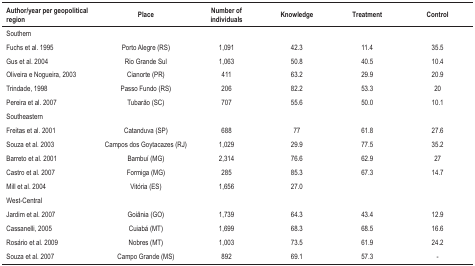
| Author/year per geopolitical region | Place | Number of individuals | Knowledge | Treatment | Control |
 | --- | --- | --- | --- | --- | --- |
 | Southern |  |  |  |  |  |
 | Fuchs et al. 1995 | Porto Alegre (RS) | 1,091 | 42.3 | 11.4 | 35.5 |
 | Gus et al. 2004 | Rio Grande Sul | 1,063 | 50.8 | 40.5 | 10.4 |
 | Oliveira e Nogueira, 2003 | Cianorte (PR) | 411 | 63.2 | 29.9 | 20.9 |
 | Trindade, 1998 | Passo Fundo (RS) | 206 | 82.2 | 53.3 | 20 |
 | Pereira et al. 2007 | Tubarão (SC) | 707 | 55.6 | 50.0 | 10.1 |
 | Southeastern |  |  |  |  |  |
 | Freitas et al. 2001 | Catanduva (SP) | 688 | 77 | 61.8 | 27.6 |
 | Souza et al. 2003 | Campos dos Goytacazes (RJ) | 1,029 | 29.9 | 77.5 | 35.2 |
 | Barreto et al. 2001 | Bambuí (MG) | 2,314 | 76.6 | 62.9 | 27 |
 | Castro et al. 2007 | Formiga (MG) | 285 | 85.3 | 67.3 | 14.7 |
 | Mill et al. 2004 | Vitória (ES) | 1,656 | 27.0 |  |  |
 | West-Central |  |  |  |  |  |
 | Jardim et al. 2007 | Goiânia (GO) | 1,739 | 64.3 | 43.4 | 12.9 |
 | Cassanelli, 2005 | Cuiabá (MT) | 1,699 | 68.3 | 68.5 | 16.6 |
 | Rosário et al. 2009 | Nobres (MT) | 1,003 | 73.5 | 61.9 | 24.2 |
 | Souza et al. 2007 | Campo Grande (MS) | 892 | 69.1 | 57.3 | - |